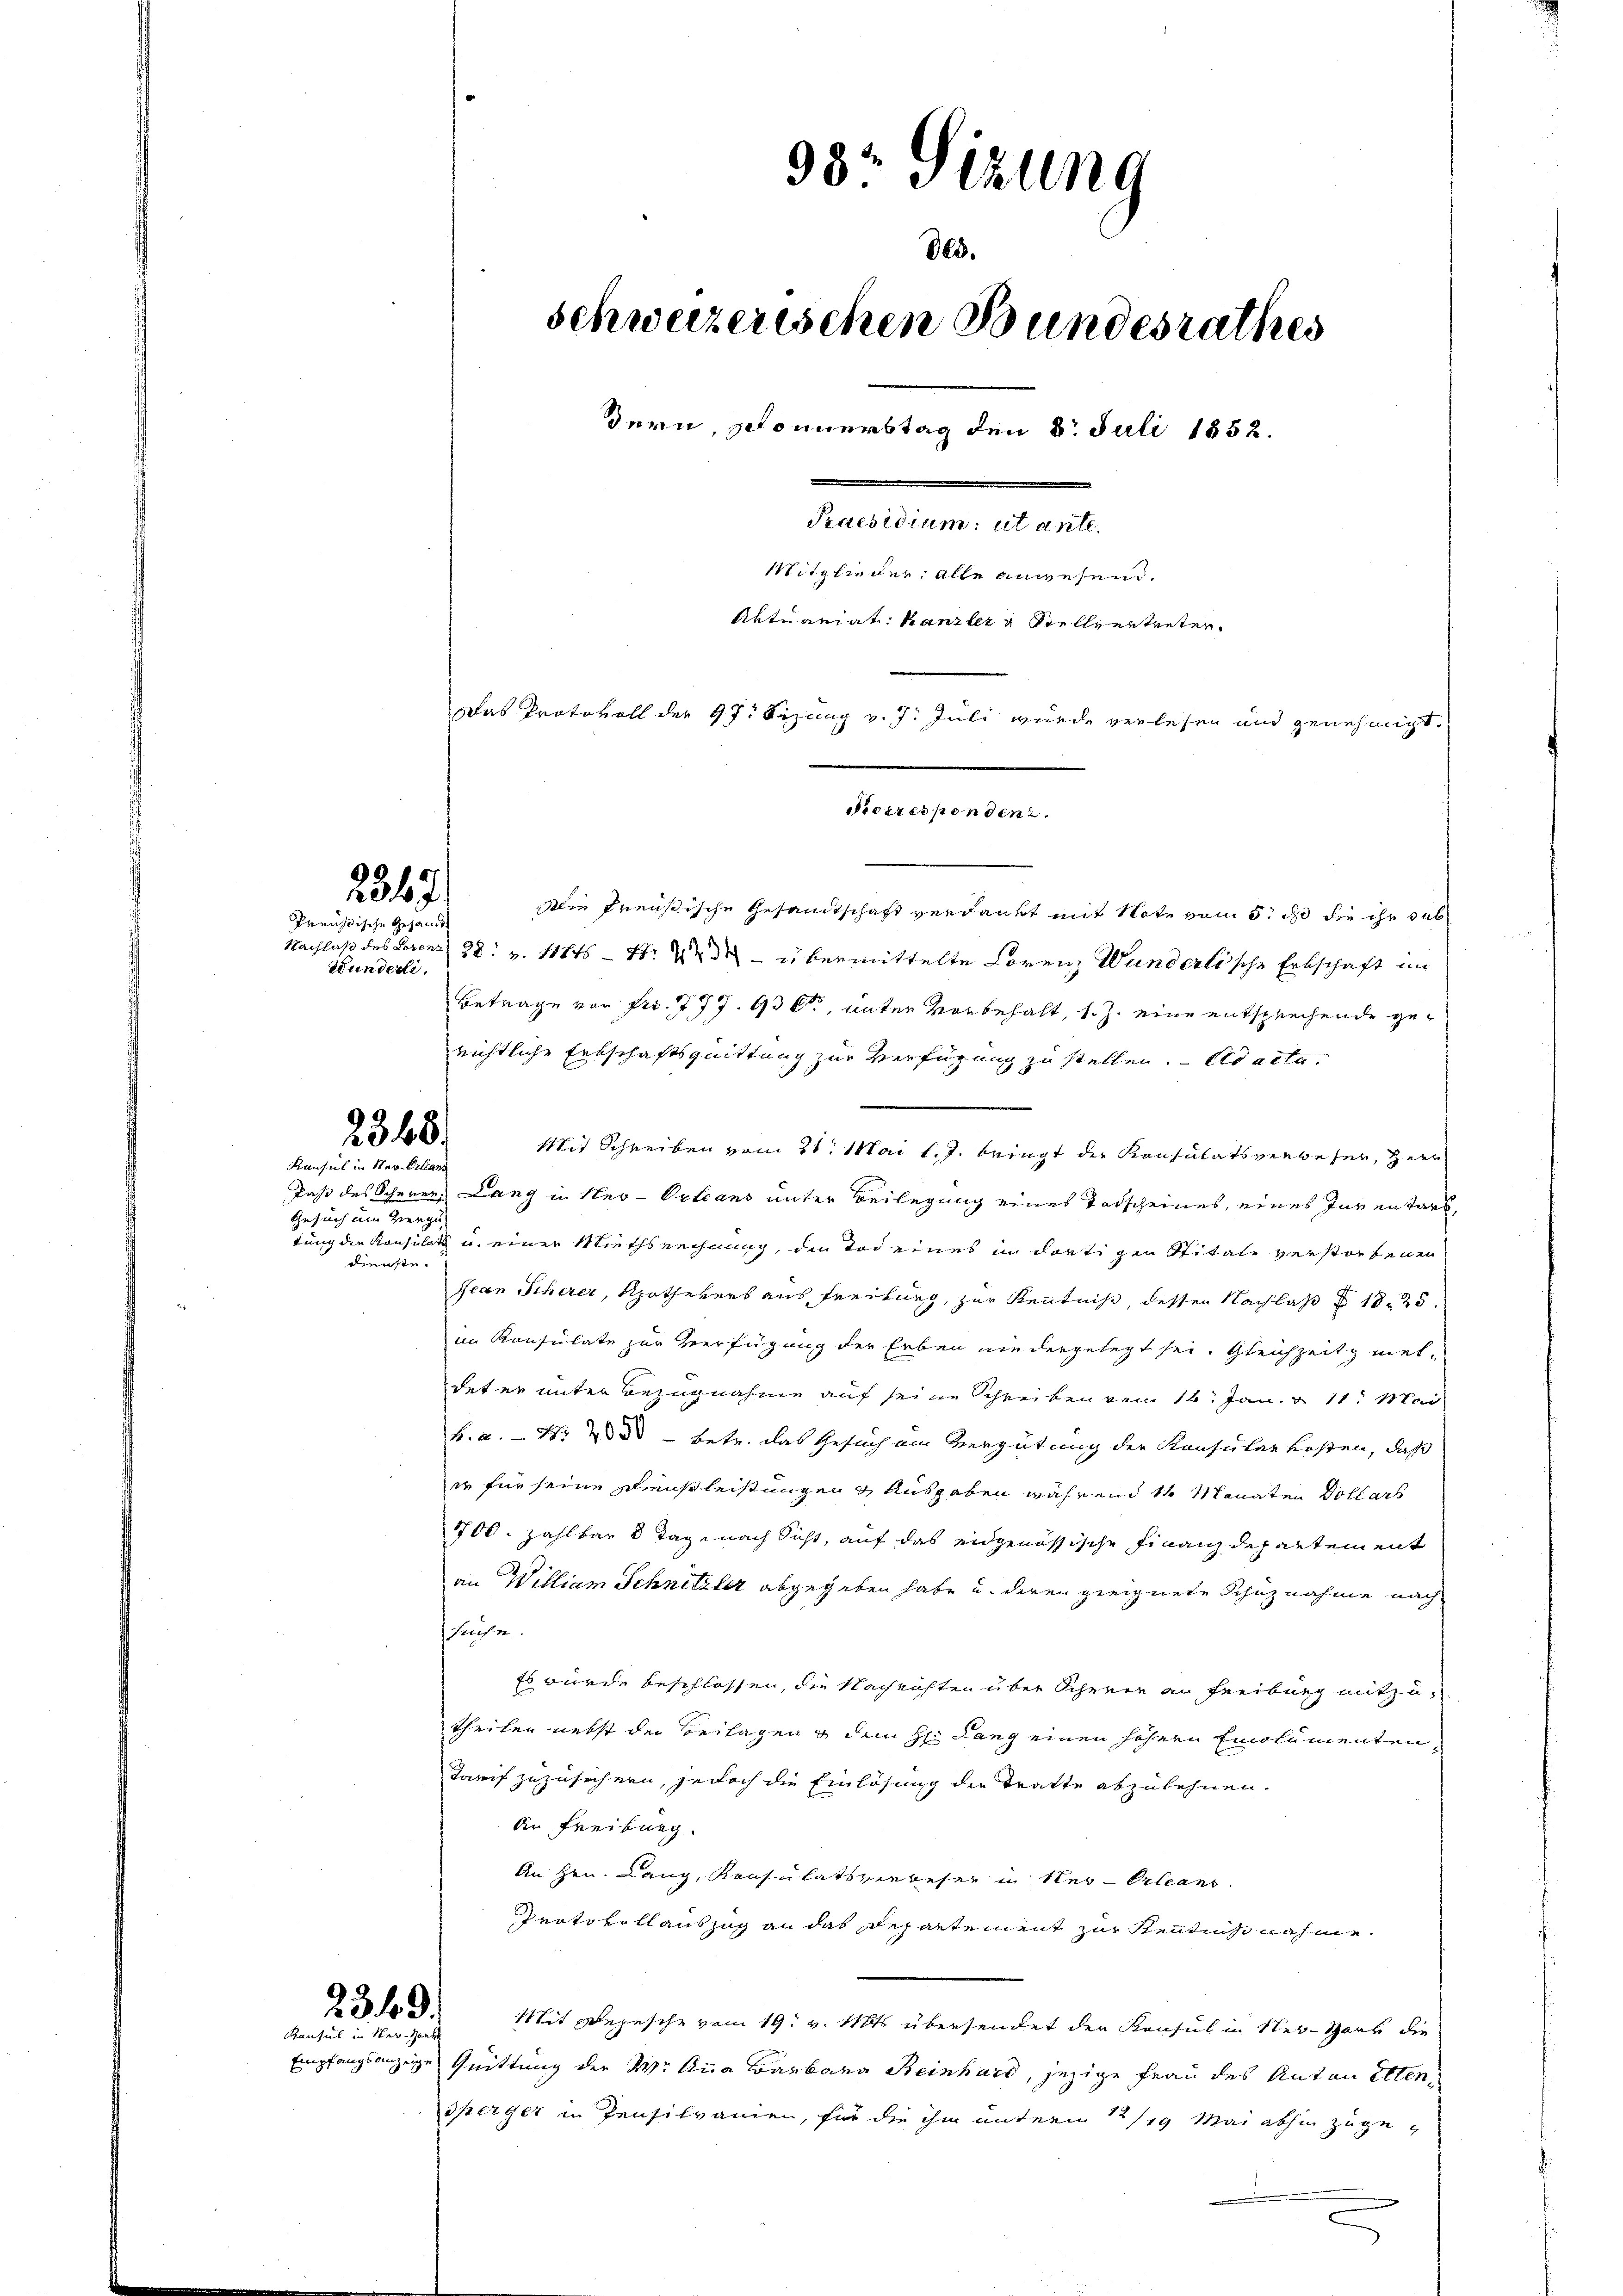
2317.

Preisdische Gesandts
Wunderte.

2348.
Konsul in Neu-Orlean

Gesuch im Grenzung
dienste.

2349.
Kansuch in der Her

98. Sizung
803.
schweizerischen Bundesrathes
dern, Sonnerstag den 8. Juli 1852.
e
Mitglieder, alle anwesend.
Aktuariat Kanzler & Stellvertreter.
Das Protokoll der 97. Sizung v. 7. Juli wurde verlesen und genehmigt.
Sorresponden.

Die Preußische Gesamtschaft verdankt mit Note vom 5. ds die ihr sub
Nachlaß des Lorenz 28. v. 1845 — 1. 24 - übermittelte Lorenz Wunderlische Erbschaft im
Betrage von Fr. 777. 93 f., unter vorbehalt, 1. Z. eine entsprechende gerichtliche Entschaftsquittung zur Verfügung zu stellen. ad acte
Mit Schreiben vom 21. Mai l. J. bringt der Konsulatsverbeser, Herr
Jass des Scherer Lang in Neu-Orleans unter Beilegung eines Todscheines, eines Inventars,
tung die Konsulat u. einer Miethsrechnung, den Todeines in dortigen Spitale verstorfenen
Jean Scherer, Rothekers aus Freiburg, zur Kenntnis, dessen Nachlaß 1825.
im Konsulate zur Verfügung der Erben niedergelegt sei. Gleichzeitg metdet er unter Bezugnahme auf seine Schreiben vom 16. Jan. 11. Mai
k. a. — N. 283 - betr. das Gesuch am Vergütung der Konsuler kosten, daß
ir für seine Dienstleistungen & Ausgaben während 1 Monaten Dollarb
700. zahlbar 8 Tage nach Sicht, auf das eidgenössische Finanzdepartement
an William Schnitzler abgegeben habe u. deren geeignete Schuznahme nachsuche.
Es wurde beschlossen, die Nachrichten über Scheren an Freiburg mitzutheilen nebst der Beilagen & dem H: Lang einen höhern Emolumenten
Tarif zuzusichern, jedoch die Einlösung der Tratte abzulehnen.
An Freiburg.
An Hrn. Lang, Konsulatsverbeser in Neu-Orleans
Protokollauszug an das Repartement zur Rentiche nahme.
Mit Depesche vom 19. v. Mts. übersendet der Konsul in Ner-Hart die
Empfangsanzeige Quittung der W. Anna Barbara Beinhard, jezige Frau des Anton Etten
sperger in Pensilvanien, für die ihm unterm 12/19 Mai abhin zugee